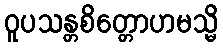
ဝူပသန္တစိတ္တောဟမသ္မိ